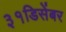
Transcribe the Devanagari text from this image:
३१डिसेंबर